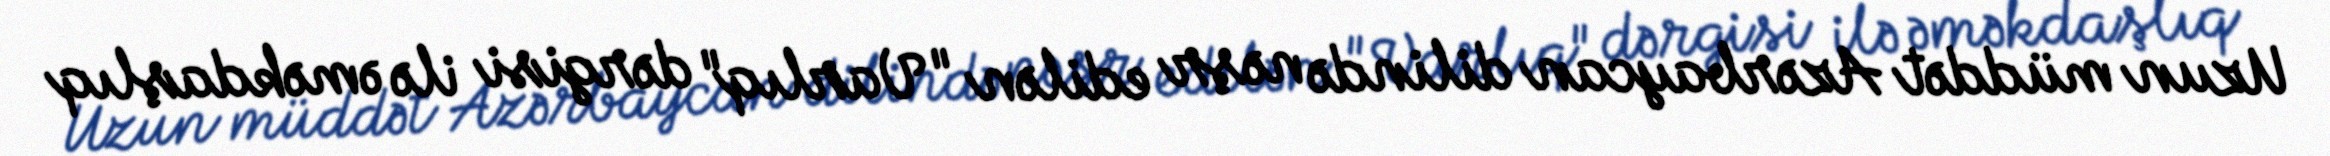
Uzun müddət Azərbaycan dilində nəşr edilən "Varlıq" dərgisi ilə əməkdaşlıq